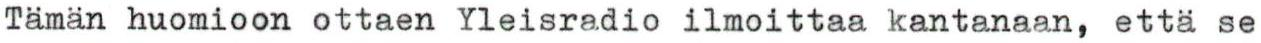
Tämän huomioon ottaen Yleisradio ilmoittaa kantanaan, että se